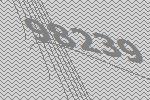
98239